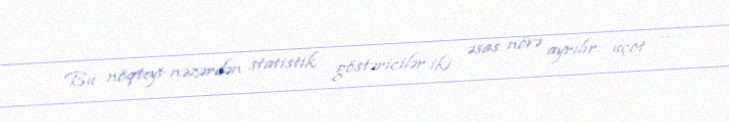
Bu nöqteyi-nəzərdən statistik göstəricilər iki əsas növə ayrılır: uçot —